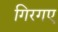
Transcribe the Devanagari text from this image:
गिरगए